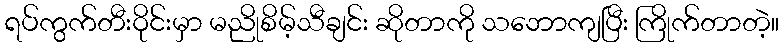
ရပ်ကွက်တီးဝိုင်းမှာ မညိုစိမ့်သီချင်း ဆိုတာကို သဘောကျပြီး ကြိုက်တာတဲ့။